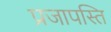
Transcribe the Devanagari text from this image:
प्रजापस्ति